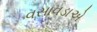
વસાવડાએ